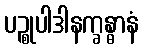
ပဉ္စုပါဒါနက္ခန္ဓာနံ